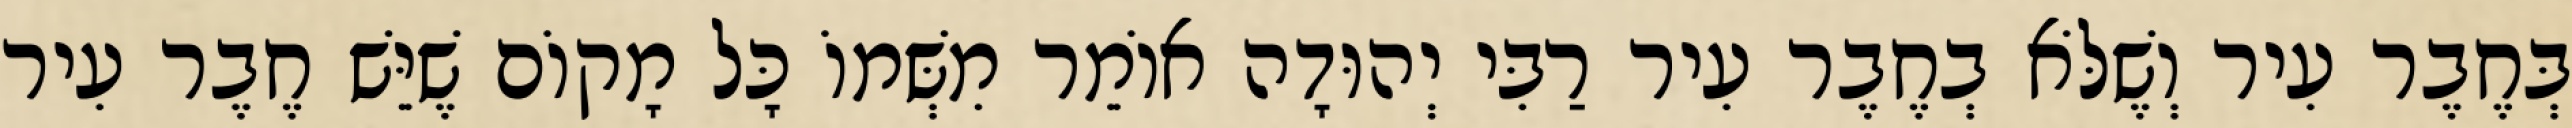
בְּחֶבֶר עִיר וְשֶׁלֹּא בְחֶבֶר עִיר רַבִּי יְהוּדָה אוֹמֵר מִשְּׁמוֹ כָּל מָקוֹם שֶׁיֵּשׁ חֶבֶר עִיר